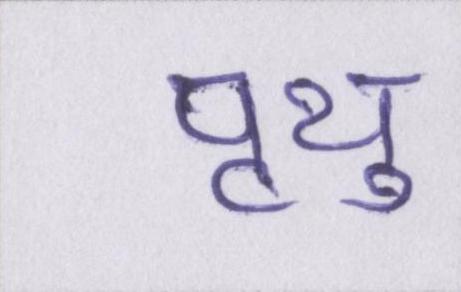
पृथु